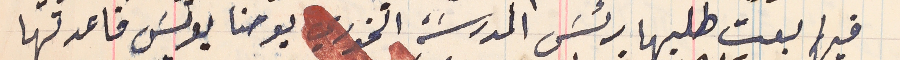
فيها بعت طلبها رئسَ المدرسَة الخوري يوحنا يونسَ فاعدتها